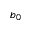
b _ { 0 }